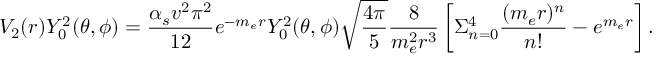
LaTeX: V _ { 2 } ( r ) Y _ { 0 } ^ { 2 } ( \theta , \phi ) = { { \frac { \alpha _ { s } v ^ { 2 } \pi ^ { 2 } } { 1 2 } } e ^ { - m _ { e } r } Y _ { 0 } ^ { 2 } ( \theta , \phi ) \sqrt { \frac { 4 \pi } { 5 } } { \frac { 8 } { m _ { e } ^ { 2 } r ^ { 3 } } } \left[ \Sigma _ { n = 0 } ^ { 4 } { \frac { ( m _ { e } r ) ^ { n } } { n ! } } - e ^ { m _ { e } r } \right] } \, .